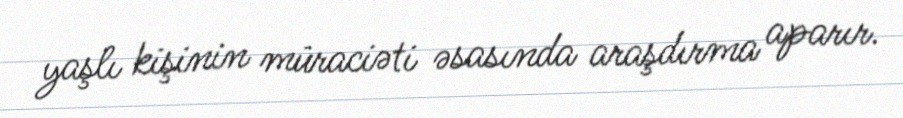
yaşlı kişinin müraciəti əsasında araşdırma aparır.